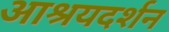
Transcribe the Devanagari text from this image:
आश्रयदर्शन